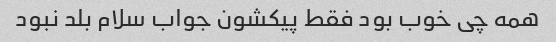
همه چی خوب بود فقط پیکشون جواب سلام بلد نبود